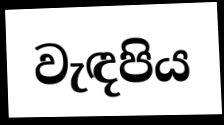
වැඳපිය